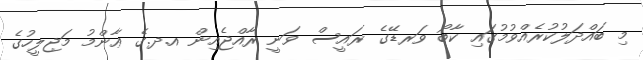
މި ބައްދަލުކުރެއްވުމުގައި ކާބޯ ވަރޑޭގެ ރައީސް ވަނީ ރާއްޖެއިން އ.ދ.ގެ ޢާންމު މަޖިލީހުގެ